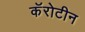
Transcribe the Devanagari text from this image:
कॅरोटीन